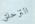
التزحلق